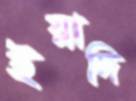
ইয়াদি